Report on sanitation, dispensaries, and jails in Rajputana for 1915, and on vaccination for the year 1915-1916 - 1915-1916
Year: 1915
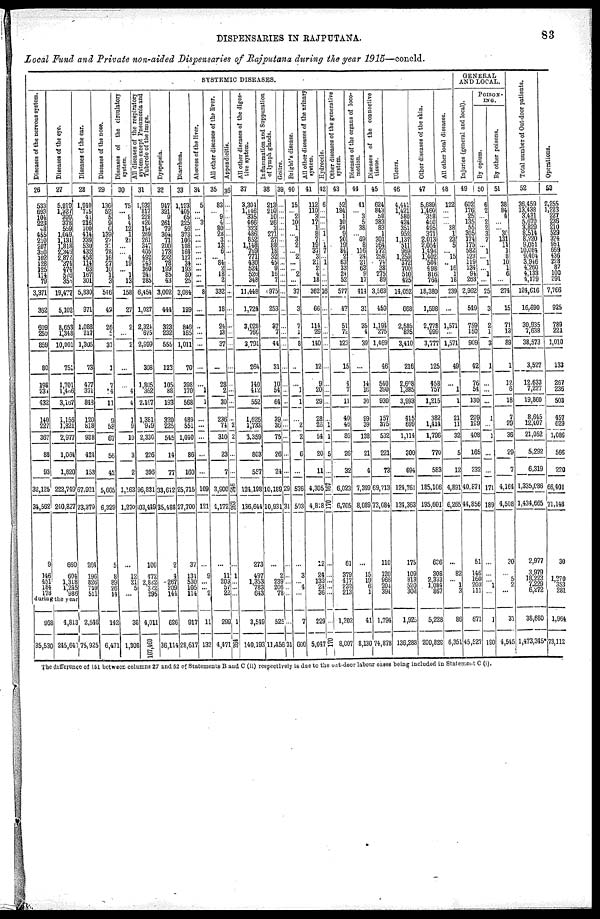
DISPENSARIES IN RAJPUTANA.
83
Local Fund and Private non-aided Dispensaries of Rajputana during the year 1915—concld.
SYSTEMIC DISEASES.
Diseases of the nervous system.
26
533
693
104
223
48
455
210
207
350
102
128
125
114
79
3,371
362
609
250
859
80
198
234
132
140
227
367
88
93
32,125
34,562
9
146
451
184
178
Diseases of the eye.
27
5,819
1,327
399
378
559
1,049
1, 131
1,818
2,346
2,872
374
474
576
355
19,477
5,102
8,653
1,348
10,001
751
1,701
1,4,66
3,167
1,156
1,821
2,977
1,064
1,820
222,749
240,827
660
604
1,318
1,245
986
during the year
968
35,530
4,813
245,640
Diseases of the ear.
28
1,940
715
41
216
100
414
339
530
432
458
114
63
167
301
5,830
971
1,088
217
1,305
73
477
371
848
120
818
938
424
153
67,921
73,379
264
196
826
749
511
2,546
75,925
Diseases of the nose.
29
136
52
5
9
G
139
27
37
78
16
27
10
1
3
536
42
26
5
31
1
7
4
11
9
58
67
56
42
5,665
6,329
5
8
89
26
14
142
6,471
Diseases of the circulatory
system.
30
75
... 8
4
12
1
21
...
... 4
19
... 1
13
158
27
2
...
2
...
...
4
4
1
9
10
3
2
1,163
1,270
...
12
21
5
...
38
1,308
All diseases of the respiratory
system except Pneumonia and
Tubercle of the lungs.
31
1,932
817
228
420
154
269
261
347
405
492
243
360
241
285
6,454
1,027
2,324
675
2,999
308
1,805
362
2,167
1,381
949
2,330
226
396
96,831
103,449
100
472
2,822
322
295
4,011
107,460
Dyspepsia.
32
947
321
9
261
79
304
71
200
173
232
78
199
85
43
3,002
444
323
232
555
123
105
88
193
320
225
545
14
77
33,612
35,488
2
4
267
209
144
626
36,114
Diarrhœa.
33
1,123
405
65
225
56
373
106
108
164
127
34
193
80
25
3,084
199
846
165
1,011
70
398
170
568
489
551
1,040
36
160
25,715
27,700
37
131
530
105
114
917
28,617
Abscess of the liver.
34
5
...
... 3
...
...
...
...
...
...
...
...
...
...
8
...
...
...
...
...
...
1
1
...
...
...
...
...
109
121
...
9
...
... 2
11
132
All other diseases of the liver.
35
83
... 9
4
80
28
3
13
6
... 84
2
18
2
332
18
24
13
37
...
28
2
30
236
74
310
23
7
3,900
4,172
...
11
209
57
22
299
4,471
Appendicitis.
36
...
...
...
...
...
...
...
...
...
...
...
...
...
...
...
...
...
...
...
...
...
...
...
...
2
2
...
...
246
263
...
1
...
...
...
1
264
All other diseases of the diges-
tive system.
37
3,304
1,146
335
466
323
486
852
1,148
789
771
430
524
526
348
11,448
1,724
3,028
766
3,794
264
140
412
552
1,626
1,733
3,359
803
557
124,198
136,644
273
497
1,353
783
643
3,549
140,193
Inflammation and Suppuration
of lymph glands.
38
213
210
10
26
3
271
27
88
18
32
45
9
16
7
975
253
37
7
44
31
10
54
64
39
36
75
26
24
10,189
10,931
...
2
239
206
78
525
11,456
Goi t
r e.
39,
...
...
...
...
...
...
...
...
...
...
...
...
...
...
...
...
...
...
...
...
...
...
...
...
...
...
...
...
29
31
...
...
...
...
...
...
31
Br i
ght '
s di s eas e.
40
15
... 2
10
1
... 3
2
... 2
...
... 2
...
37
3
7
1
8
...
...
1
1
...
2
2
6
...
576
593
...
3
... 4
...
7
600
All other diseases of the urinary
system.
41
112
110
3
17
1
8
7
19
37
3
21
2
4
18
362
66
114
26
140
12
9
20
29
28
26
54
20
11
4,305
4,818
12
24
133
24
36
229
5,047
Hydrocele.
42
6
...
...
...
1
... 1
7
...
1
...
...
...
16
...
...
...
...
...
...
...
...
...
1
1
5
...
167
170
...
...
...
...
...
...
170
Other diseases of the generative
system.
43
52
184
1
10
24
9
20
19
84
2
63
33
24
52
577
47
51
72
123
15
4
7
11
40
46
86
26
32
6,023
6,705
61
379
417
232
213
1,302
8,007
Diseases of the organs of loco-
motion.
44
41
... 3
5
38
... 69
8
116
24
21
63
9
17
414
31
35
4
39
...
14
16
30
99
39
138
21
4
7,399
8,089
...
15
19
6
1
41
8,130
Diseases of the connective
tissue.
45
624
843
58
383
83
1
301
264
272
258
74
38
275
89
3,563
459
1,194
275
1,469
46
540
390
930
157
375
532
221
73
69,713
73,084
110
120
966
204
394
1,794
74,878
Ulcers.
46
4,441
1,421
580
424
351
952
1,137
511
969
1,259
372
700
510
425
14,052
668
2,585
825
3,410
216
2,608
1,385
3,993
415
699
1,114
300
694
124,761
134,363
175
109
813
520
308
1,925
136,283
Other diseases of the skin.
47
5,689
1,460
358
460
495
371
2,013
2,054
1,496
1,402
504
498
816
764
18,380
1,598
2,778
999
3,777
125
458
757
1,215
382
1,414
1,796
770
583
185,106
195,601
626
308
2,333
1 084
867
5,228
200,828
All other local diseases.
48
122
...
...
... 38
1
23
5
... 15
... 16
1
18
239
...
1,571
...
1,571
49
...
1
1
21
11
32
5
12
4,891
6,265
...
82
... 1
3
86
6,351
GENERAL
AND LOCAL.
Injuries (general and local).
49
602
176
25
135
55
305
174
175
582
123
119
134
94
263
2,962
549
759
150
909
42
76
54
130
209
199
408
165
232
40,671
44,856
51
146
160
203
111
671
45,527
POISON¬
----
By opium.
50
6
2
... 2
2
3
7
... 1
... 1
... 1
...
25
3
2
1
3
1
...
...
...
1
...
1
...
...
171
189
...
...
... 1
...
1
190
By other poisons.
51
38
84
4
...
... 30
131
11
1
8
10 1
6
...
274
15
71
18
89
1
1?
6
18
7
29
36
29
7
4,164
4,508
30
...
5
2
...
37
4,545
Total number of Out-door patients.
52
36,459
13,438
3,431
5,670
3,829
8,514
8,220
9,051
10,084
9,404
3,946
4,260
4,133
4,179
124,616
16,690
30,935
7,638
38,573
3,527
12,633
7,227
19,860
8,645
12,407
21,052
5,292
6,319
1,335,086
1,434,665
2,977
3,979
18,223
7,229
6,272
38,680
1,473,345*
Operations.
53
2,255
1,223
227
236
210
529
324
951
669
436
228
87
100
291
7,766
925
789
221
1,010
133
267
236
503
457
629
1,086
566
220
66,401
71,148
30
1,270
353
281
1,964
73,112
The difference of 151 between columns 27 and 52 of Statements B and C (ii) respectively is due to the out-door labour cases being included in Statement C (i).